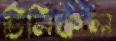
চিনিকল